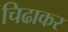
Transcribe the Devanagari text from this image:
चिढाकर